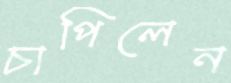
চাপিলেন